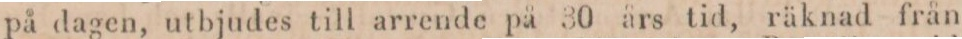
på dagen, utbjudes till arrende på 30 års tid, räknad från